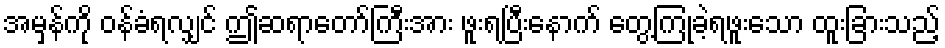
အမှန်ကို ဝန်ခံရလျှင် ဤဆရာတော်ကြီးအား ဖူးရပြီးနောက် တွေ့ကြုံခဲ့ရဖူးသော ထူးခြားသည့်